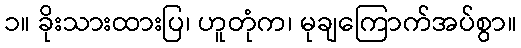
၁။ ခိုးသားထားပြ၊ ဟူတုံက၊ မုချကြောက်အပ်စွာ။